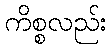
ကိစ္စလည်း